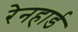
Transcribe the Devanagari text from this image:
रेनहार्ड